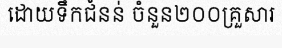
ដោយទឹកជំនន់ ចំនួន២០០គ្រួសារ